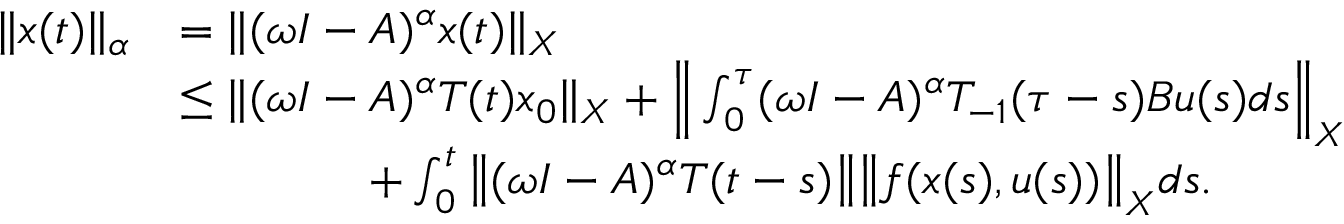
\begin{array} { r l } { \| x ( t ) \| _ { \alpha } } & { = \| ( \omega I - A ) ^ { \alpha } x ( t ) \| _ { X } } \\ & { \leq \| ( \omega I - A ) ^ { \alpha } T ( t ) x _ { 0 } \| _ { X } + \Big \| \int _ { 0 } ^ { \tau } ( \omega I - A ) ^ { \alpha } T _ { - 1 } ( \tau - s ) B u ( s ) d s \Big \| _ { X } } \\ & { \qquad \qquad + \int _ { 0 } ^ { t } \big \| ( \omega I - A ) ^ { \alpha } T ( t - s ) \big \| \big \| f ( x ( s ) , u ( s ) ) \big \| _ { X } d s . } \end{array}